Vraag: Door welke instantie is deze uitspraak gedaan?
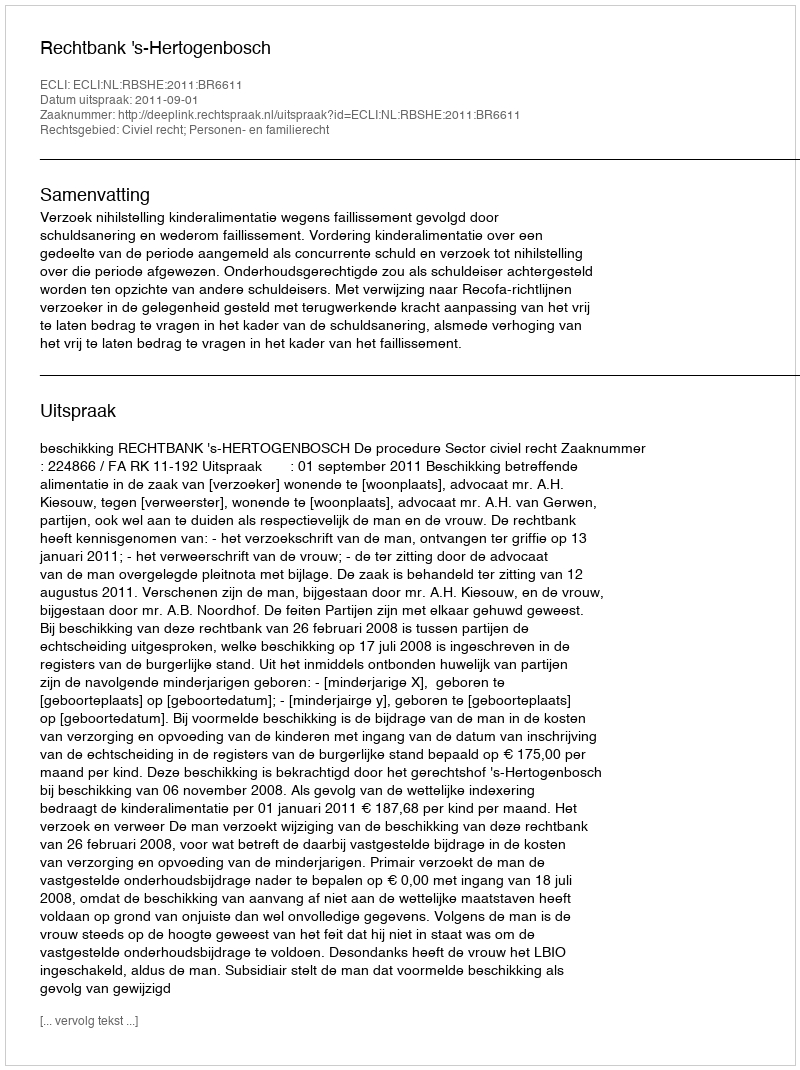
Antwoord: Rechtbank 's-Hertogenbosch